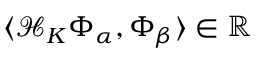
\langle \mathcal { H } _ { K } \Phi _ { \alpha } , \Phi _ { \beta } \rangle \in \mathbb { R }